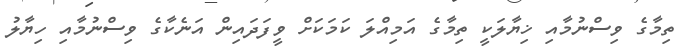
ތިމާގެ ވިސްނުމާއި ޚިޔާލަކީ ތިމާގެ އަމިއްލަ ކަމަކަށް ވީފަދައިން އަނެކާގެ ވިސްނުމާއި ހިޔާލު